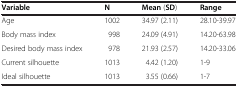
| Variable | N | Mean (SD) | Range |
 | --- | --- | --- | --- |
 | Age | 1002 | 34.97 (2.11) | 28.10-39.97 |
 | Body mass index | 998 | 24.09 (4.91) | 14.20-63.98 |
 | Desired body mass index | 978 | 21.93 (2.57) | 14.20-33.06 |
 | Current silhouette | 1013 | 4.42 (1.20) | 1-9 |
 | Ideal silhouette | 1013 | 3.55 (0.66) | 1-7 |